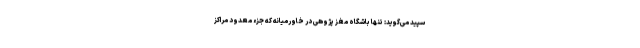
سپید می‌گوید: تنها باشگاه مغز پژوهی در خاورمیانه که جزء معدود مراکز